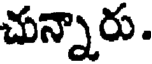
చున్నారు.